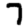
Digit: 7